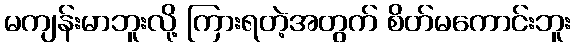
မကျန်းမာဘူးလို့ ကြားရတဲ့အတွက် စိတ်မကောင်းဘူး